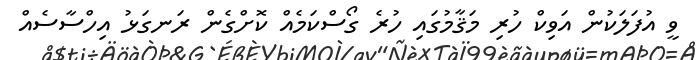
ވީ އުފަލަކުން އަވިކް ހުރި މަޤާމުގައި ހުރެ ގޯސްކަމެއް ކޮށްގެން ރަނގަޅު އިހްސާސެއް